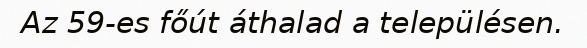
Az 59-es főút áthalad a településen.